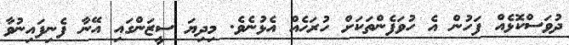
ދުވަސްކޮޅެއް ފަހުން އެ ހުވަފެންތަކަށް ހުރަހެއް އެޅުނެވެ. މިދިޔަ ސީޒަންގައި އޭނާ ފެނިފައިނުވާ